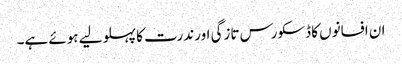
ان افسانوں کا ڈسکورس تازگی اور ندرت کا پہلو لیے ہوئے ہے۔